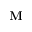
\mathbf { M }